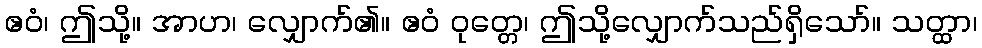
ဧဝံ၊ ဤသို့။ အာဟ၊ လျှောက်၏။ ဧဝံ ဝုတ္တေ၊ ဤသို့လျှောက်သည်ရှိသော်။ သတ္ထာ၊